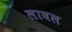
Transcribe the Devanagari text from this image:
लावल